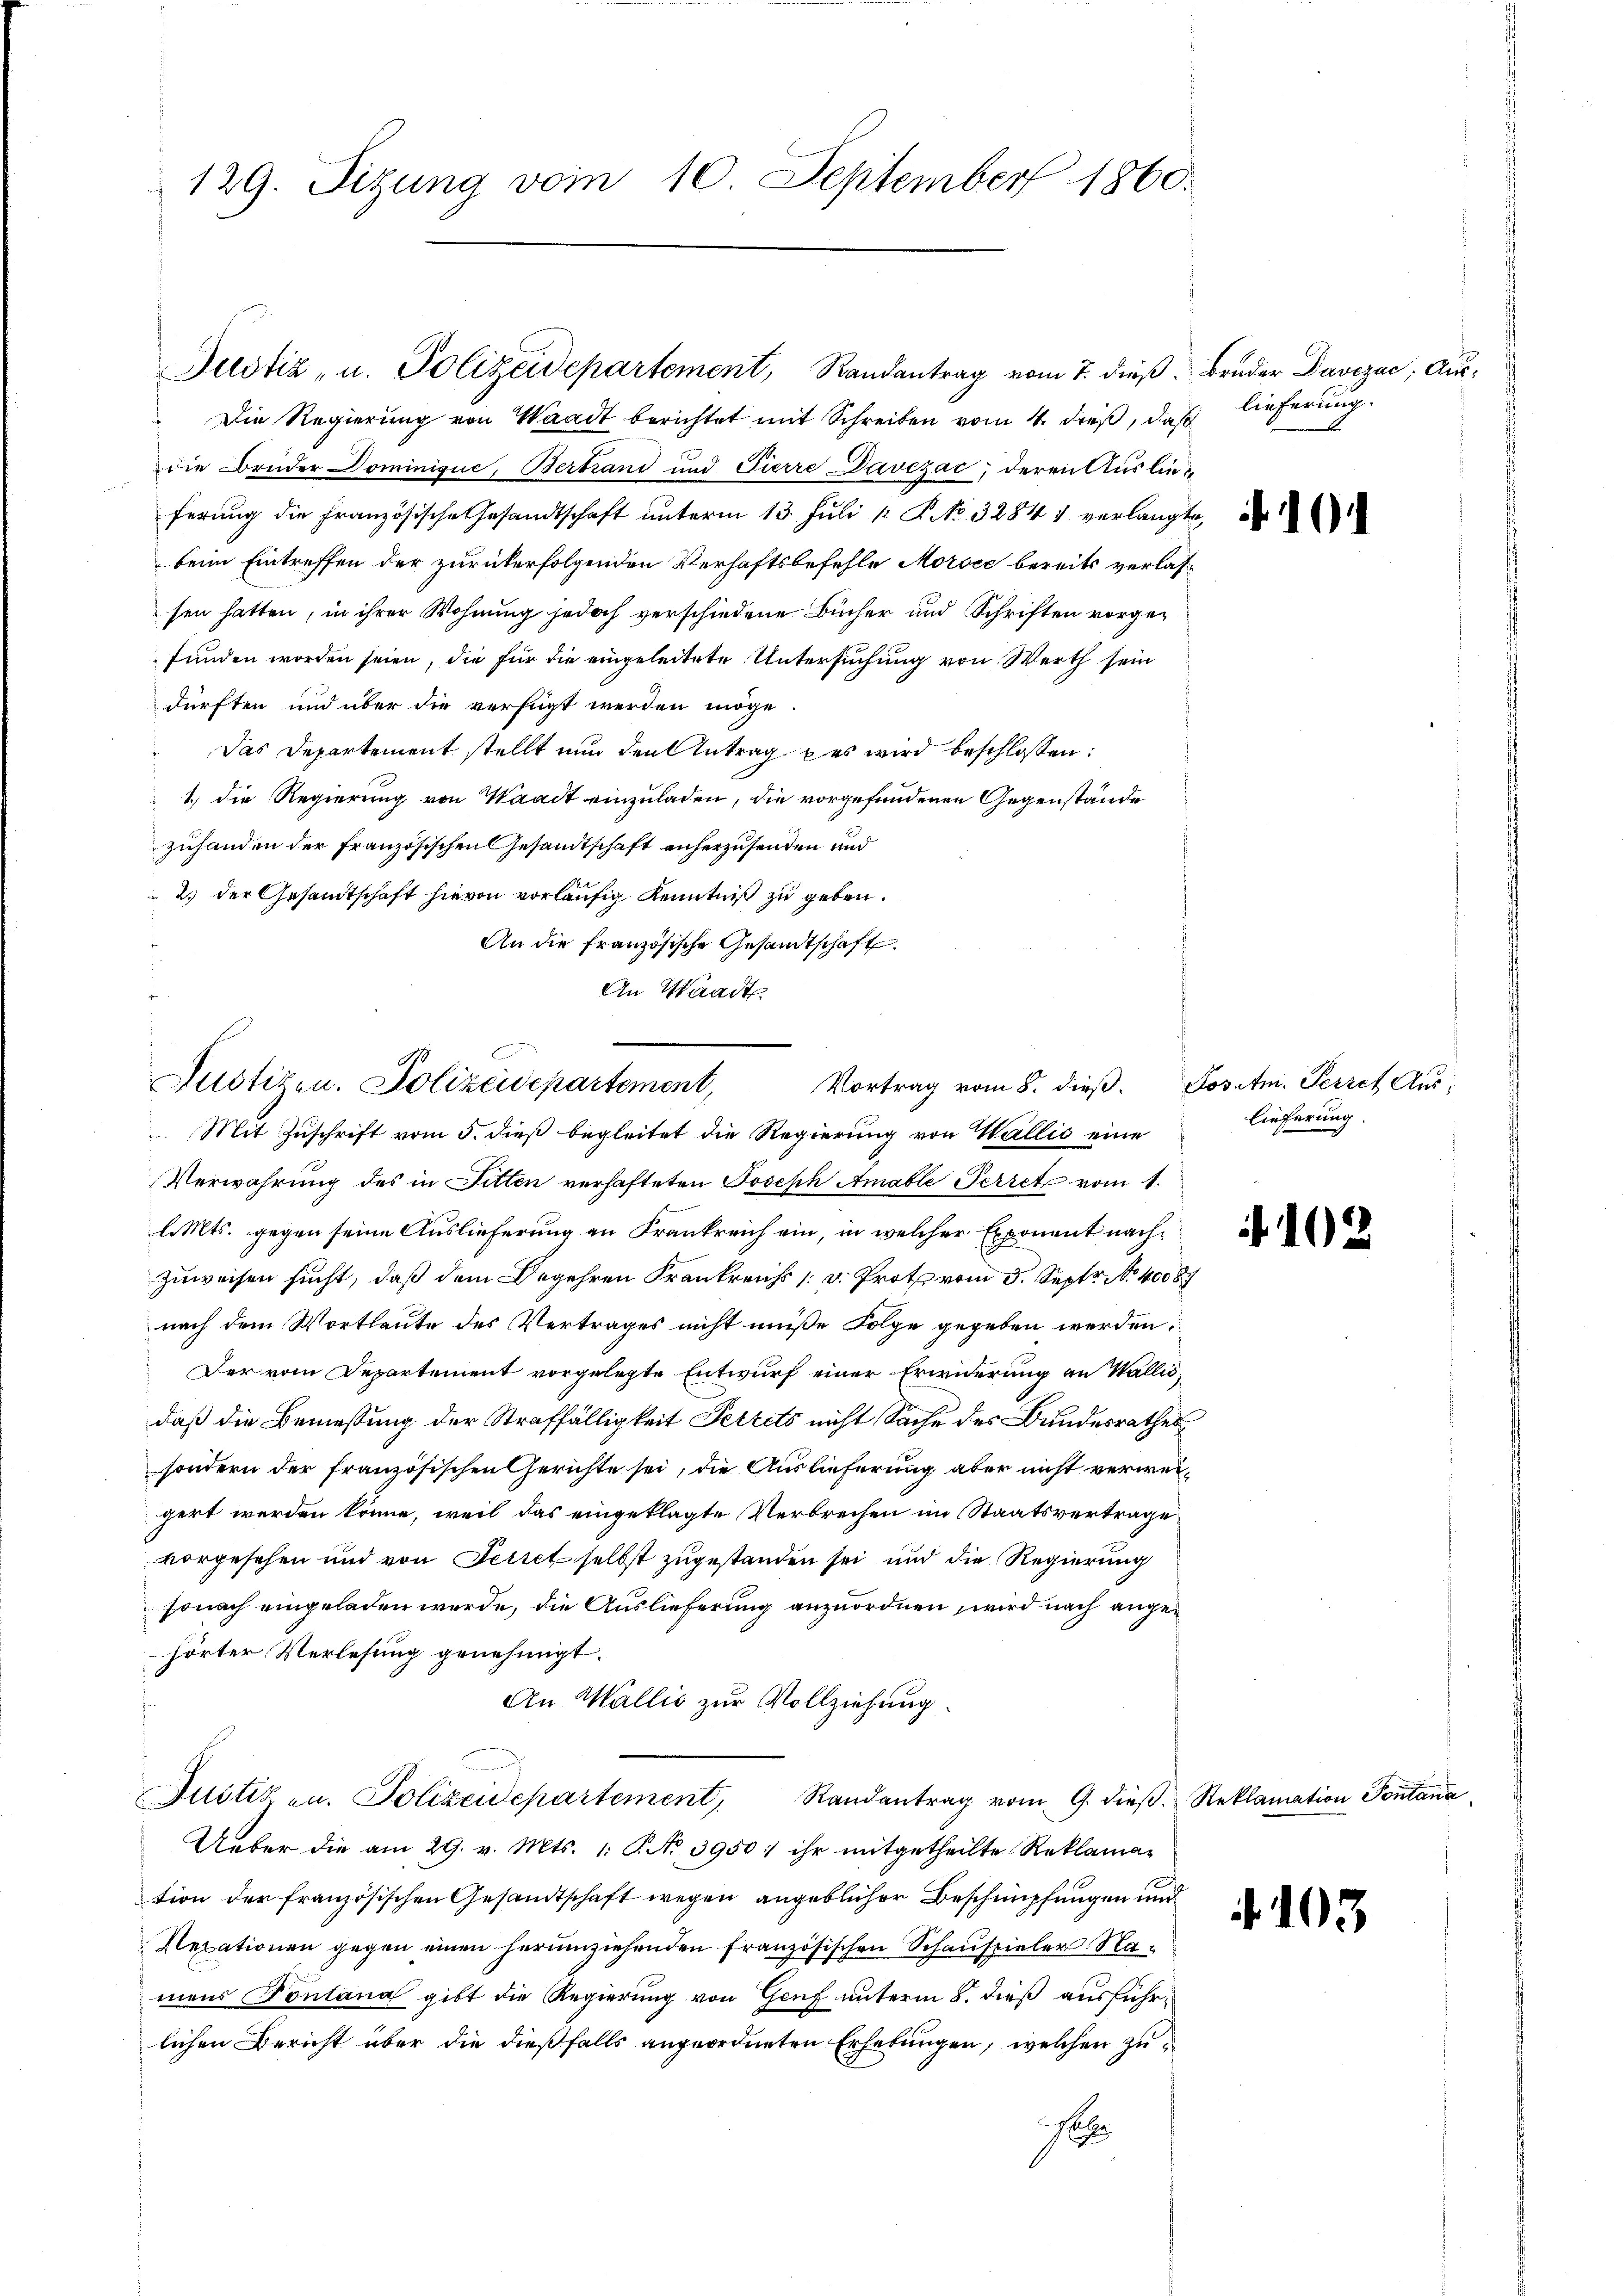
129. Sizung vom 10. September 1860.

Rustizen. Polizeidepartement,
Vortrag vom 8. dieß.

Justiz- u. Polizeidepartement, Randantrag vom 7. dieβ. Bruder Daviza, Aus¬
Die Regierung von Waadt berichtet mit Schreiben vom 4. dieß, daß
die Brüder Dominique, Bertrand und Pierre Davezac; deren Auslieferung die Französische Gesandtschaft unterm 13. Juli 1 P. No. 32841 verlangte,
beim Eintreffen der zurückerfolgenden Verhaftsbefehle Morsee bereits verlassen hatten, in ihrer Wohnung jedoch verschiedene Bücher und Schriften vorgefunden worden seien, die für die eingeleitete Untersuchung von Werth sein
dürften und über die verfügt werden möge
Das Departement stellt nun den Antrag des wird beschlossen:
1.) Die Regierung von Waadt einzuladen, die vorgefundenen Gegenstände
zuhanden der Französischen Gesandtschaft anherzusenden und
2.) der Gesammtschaft hievon vorläufig Kenntniß zu geben.
An die französische Gesandtschaft
An Waadt

Mit Zuschrift vom 5. dieß begleitet die Regierung von Wallis eine
Verwahrung des in Fitten verhafteten Joseph Amable Perret vom 1.
l. Mts. gegen seine Auslieferung an Frankreich ein, in welcher Exponent nachzuweisen sucht, daß dem Begehren Frankreichs [ v. Proth vom 3. Sept No. 40087
nach dem Wortlaute des Vertrages nicht müße Folge gegeben werden.
Der vom Departement vorgelegte Entwurf einer Erwiderung an Wallis,
daß die Bemessung der Straffälligkeit Perrets nicht Sache des Bundesrathes
sondern der französischen Gerichte sei, die Auslieferung aber nicht verweigert werden könne, weil das eingeklagte Verbrechen im Staatsvertrage
vorgesehen und von Seitet selbst zugestanden sei und die Regierung
sonach eingeladen werde, die Auslieferung anzuordnen wird nach angehörter Verlesung genehmigt.
An Wallis zur Vollziehung.
Justiz an. Polizeidepartement, Randantrag vom 9. dieβ. Reklamation Pontana
Ueber die am 29. v. Mts. 1. P. No. 3950; ihr mitgetheilte Reklamation der französischen Gesandtschaft wegen angeblicher Beschnüpfungen und
Rexationen gegen einen herumziehenden französischen Schauspieler Namens Pontana gibt die Regierung von Genf unterm 5. dieß ausführlichen Bericht über die dießfalls angeordneten Erhebungen, welcher zu¬
H

lieferung.

Posam. Perret Aus-
lieferung.

102

.103